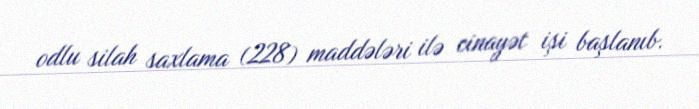
odlu silah saxlama (228) maddələri ilə cinayət işi başlanıb.